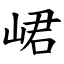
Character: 峮